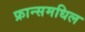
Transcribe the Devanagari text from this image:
फ्रान्समधिल